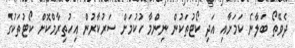
ދެވޭތޯ ބަލާނެ ކަމަށާއި އަދި ކޯޓުތަކުން ނިންމާ ހުކުމަށް ސަރުކާރުން އިހުތިރާމްކޮށް ކޯޓުތަކުގެ